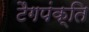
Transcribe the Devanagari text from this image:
टैगपंक्ति